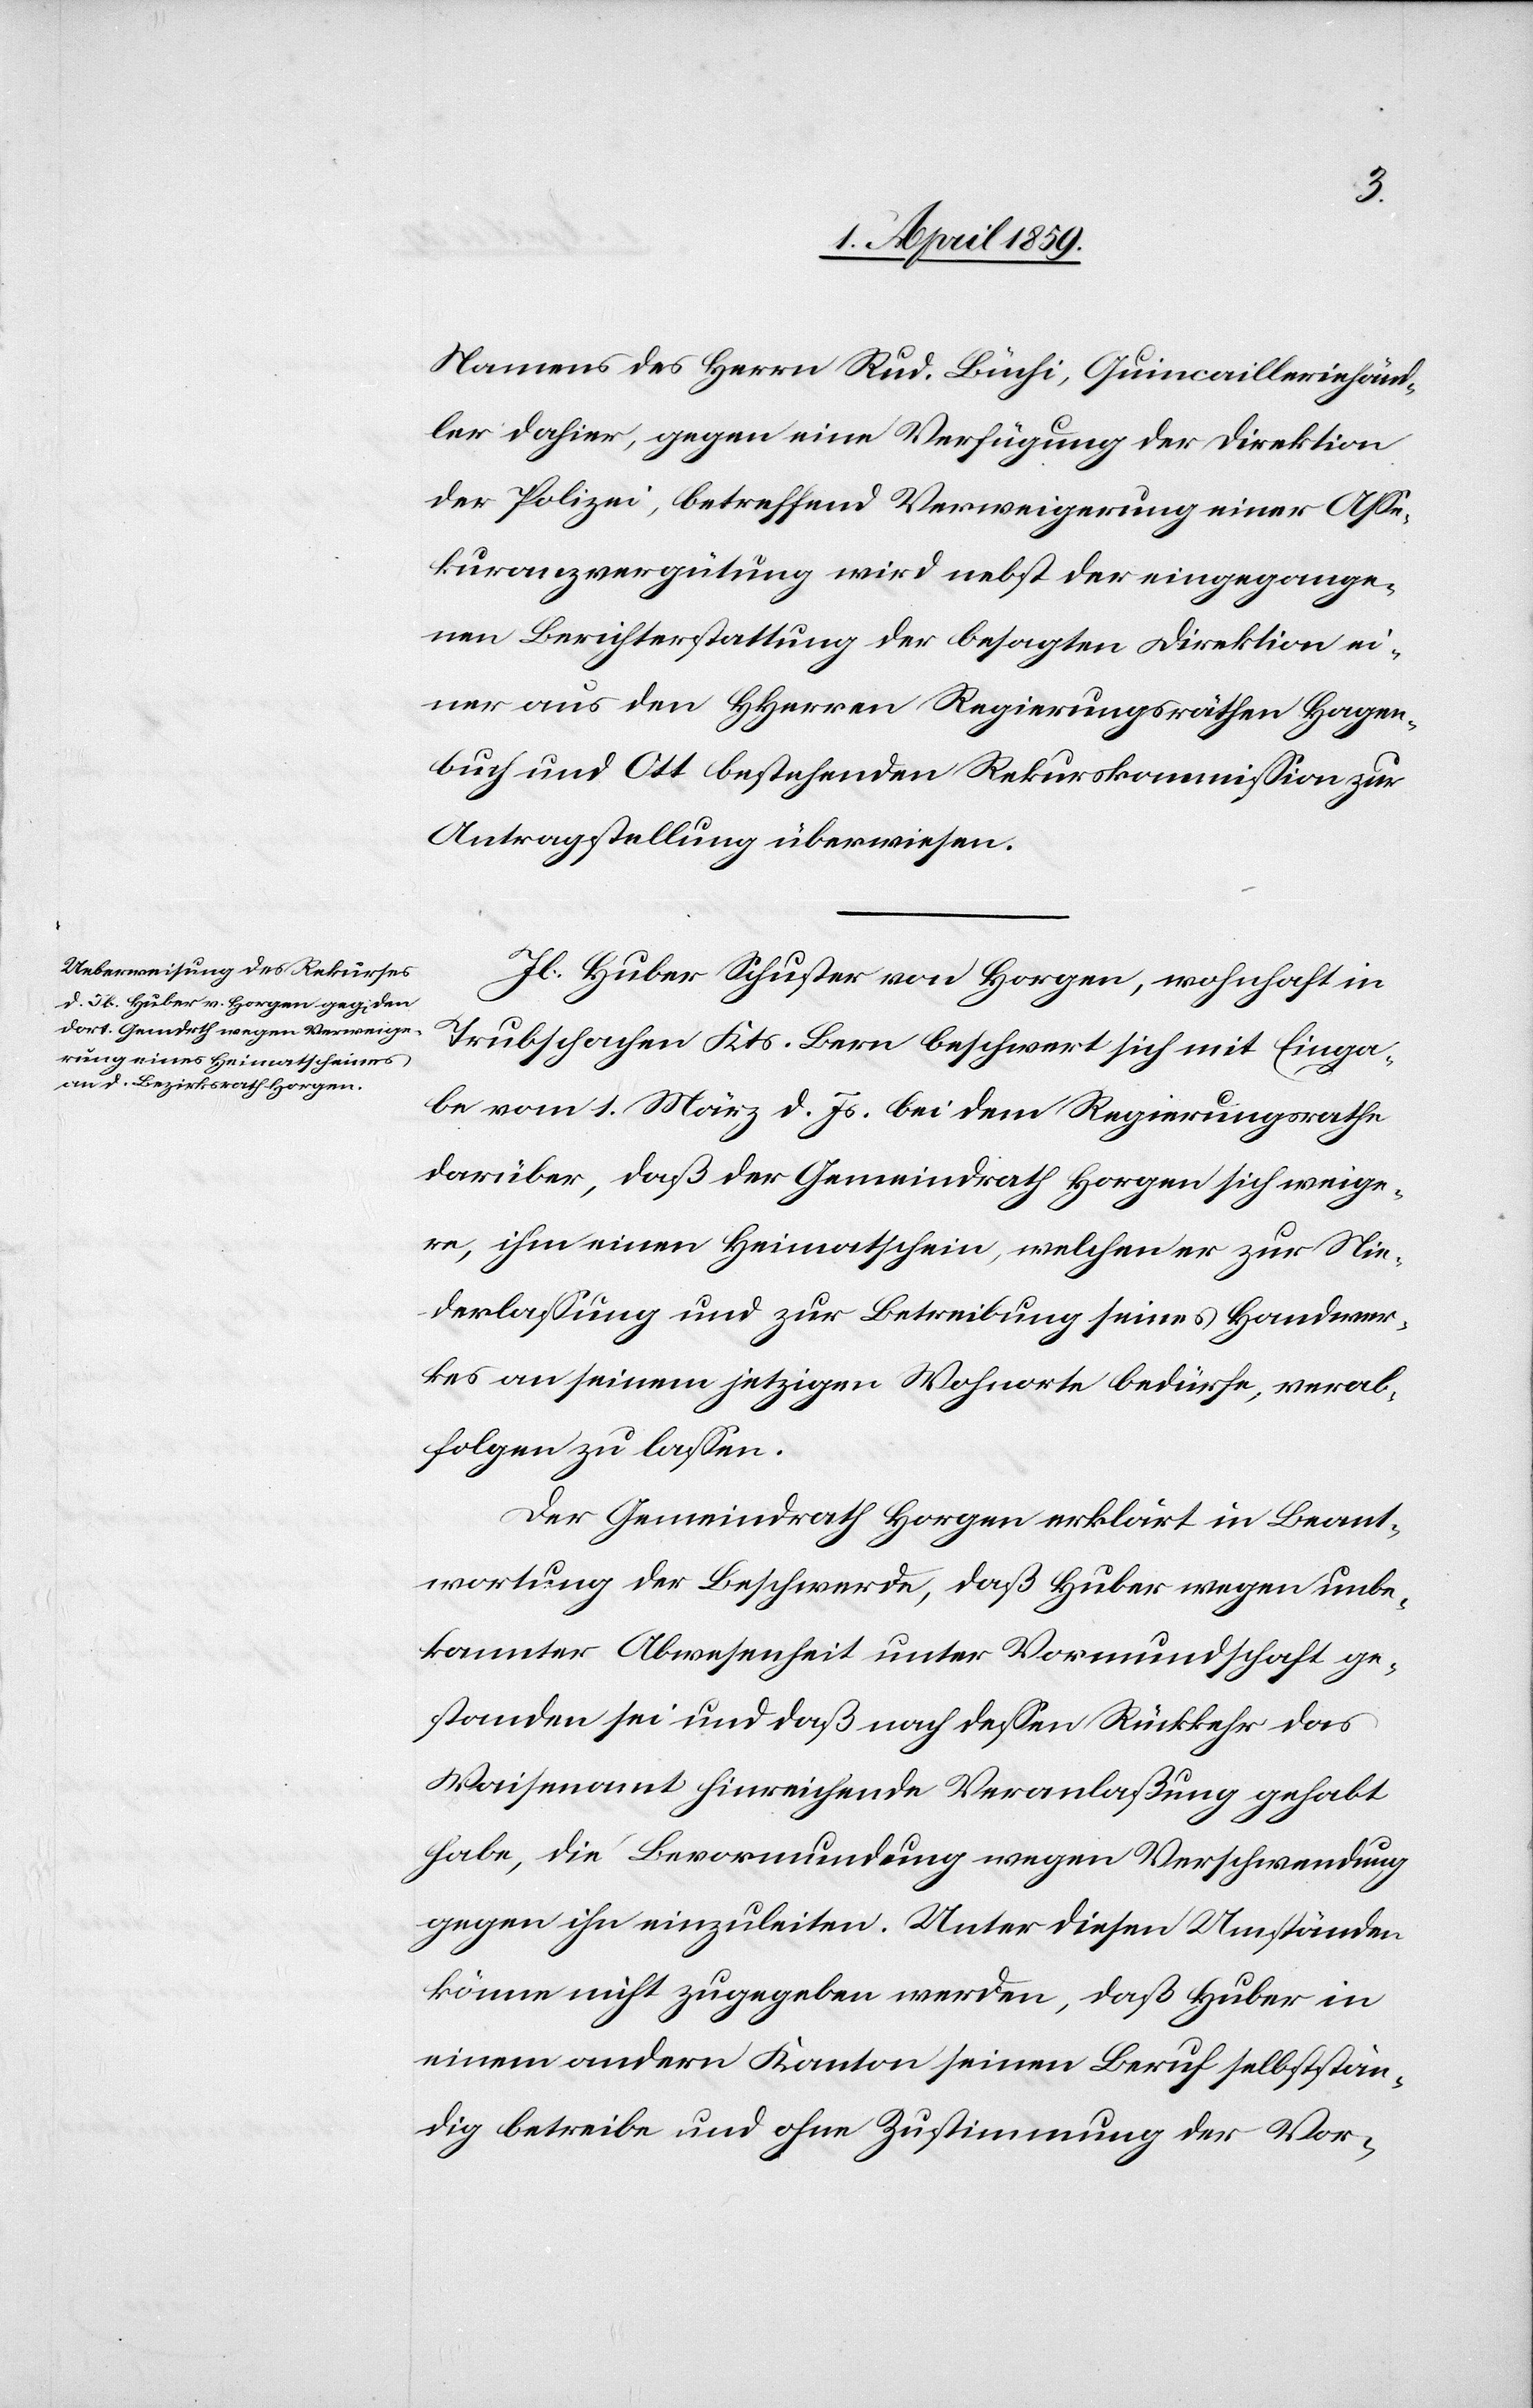
Namens des Herrn Rud. Büchi, Quincailleriehänd¬
ler dahier, gegen eine Verfügung der Direktion
der Polizei, betreffend Verweigerung einer Aße¬
kuranzvergütung wird nebst der eingegange¬
nen Berichterstattung der besagten Direktion ei¬
ner aus den HHerren Regierungsräthen Hagen¬
buch und Ott bestehenden Rekurskommißion zur
Antragstellung überwiesen.
Jb. Huber Schuster von Horgen, wohnhaft in
Trubschachen Kts. Bern beschwert sich mit Einga¬
be vom 1. März d. Js. bei dem Regierungsrathe
darüber, daß der Gemeindrath Horgen sich weige¬
re, ihm einen Heimatschein, welcher zur Nie¬
derlaßung und zur Betreibung seines Handwer¬
kes an seinem jetzigen Wohnorte bedürfe, verab¬
folgen zu laßen.
Der Gemeindrath Horgen erklärt in Beant¬
wortung der Beschwerde, daß Huber wegen unbe¬
kannter Abwesenheit unter Vormundschaft ge¬
standen sei und daß nach deßen Rückkehr das
Waisenamt hinreichende Veranlaßung gehabt
habe, die Bevormundung wegen Verschwendung
gegen ihn einzuleiten. Unter diesen Umständen
könne nicht zugegeben werden, daß Huber in
einem andern Kanton seinen Beruf selbststän¬
dig betreibe und ohne Zustimmung der Vor-